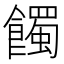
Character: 𩞾